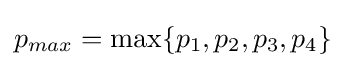
p_{max}=\max\{p_{1},p_{2},p_{3},p_{4}\}